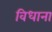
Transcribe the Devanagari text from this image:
विधाना